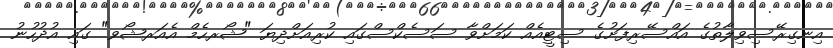
އިނގިރޭސިވިލާތުގެ އައްސޭރިފަށުގެ ސިޓީއެއް ކަމަށްވާ ސަސެކްސްގައި ކުރިއަށްދިޔަ "ޝޯރހެމް އެއަރޝޯވ" ގައި އުދުހުނު